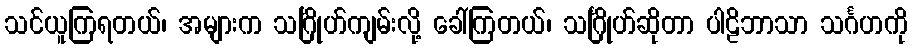
သင်ယူကြရတယ်၊ အများက သင်္ဂြိုဟ်ကျမ်းလို့ ခေါ်ကြတယ်၊ သင်္ဂြိုဟ်ဆိုတာ ပါဠိဘာသာ သင်္ဂဟကို